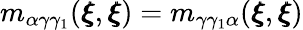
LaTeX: m_{\alpha\gamma\gamma_{1}}({\pmb\xi},{\pmb\xi})=m_{\gamma\gamma_{1}\alpha}({\pmb\xi},{\pmb\xi})